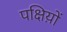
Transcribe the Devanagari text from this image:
पक्षिय़ों